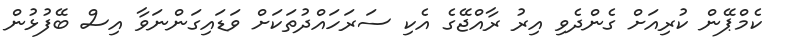
ކެމްޕޭން ކުރިއަށް ގެންދެވި އިރު ރާއްޖޭގެ އެކި ސަރަހައްދުތަކަށް ވަޑައިގަންނަވާ އިސް ބޭފުޅުން